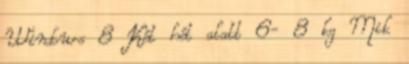
Windows 8 Két hét alatt 6- 8 kg Mik